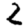
Digit: 2